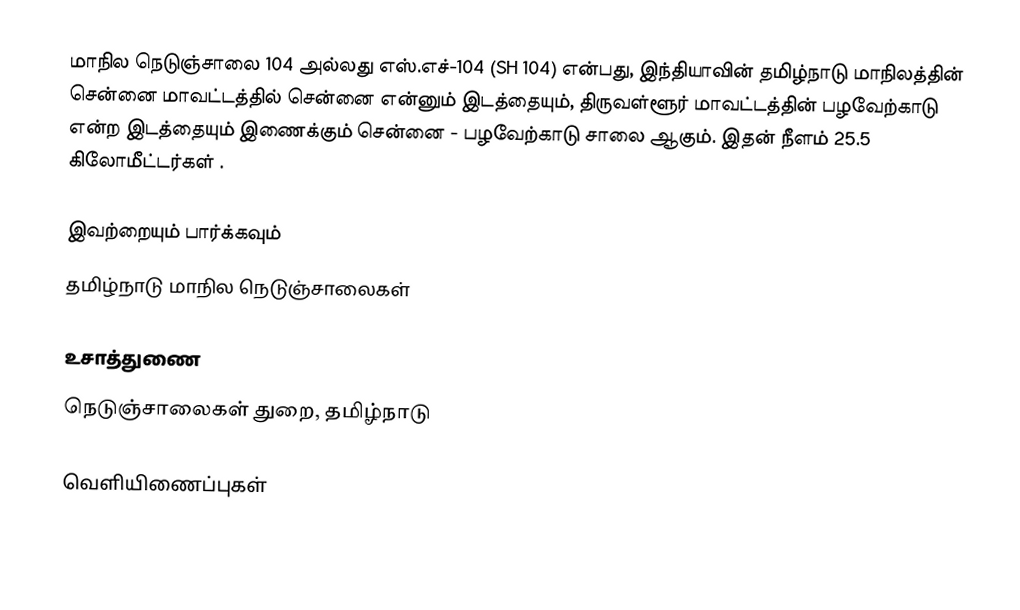
மாநில நெடுஞ்சாலை 104 அல்லது எஸ்.எச்-104 (SH 104) என்பது, இந்தியாவின் தமிழ்நாடு மாநிலத்தின் சென்னை மாவட்டத்தில் சென்னை என்னும் இடத்தையும், திருவள்ளூர் மாவட்டத்தின் பழவேற்காடு என்ற இடத்தையும் இணைக்கும் சென்னை - பழவேற்காடு சாலை ஆகும். இதன் நீளம் 25.5  கிலோமீட்டர்கள் .

இவற்றையும் பார்க்கவும்
 தமிழ்நாடு மாநில நெடுஞ்சாலைகள்

உசாத்துணை
 நெடுஞ்சாலைகள் துறை, தமிழ்நாடு

வெளியிணைப்புகள்